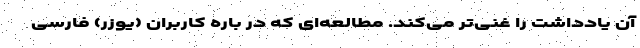
آن یادداشت را غنی‌تر می‌کند. مطالعه‌ای که در باره کاربران (یوزر) فارسی